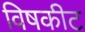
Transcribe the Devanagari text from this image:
विषकीट